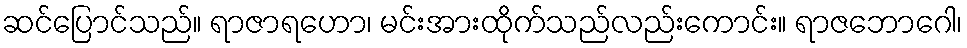
ဆင်ပြောင်သည်။ ရာဇာရဟော၊ မင်းအားထိုက်သည်လည်းကောင်း။ ရာဇဘောဂေါ၊